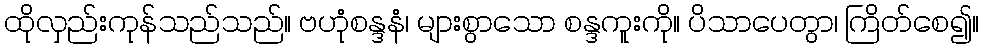
ထိုလှည်းကုန်သည်သည်။ ဗဟုံစန္ဒနံ၊ များစွာသော စန္ဒကူးကို။ ပိသာပေတွာ၊ ကြိတ်စေ၍။